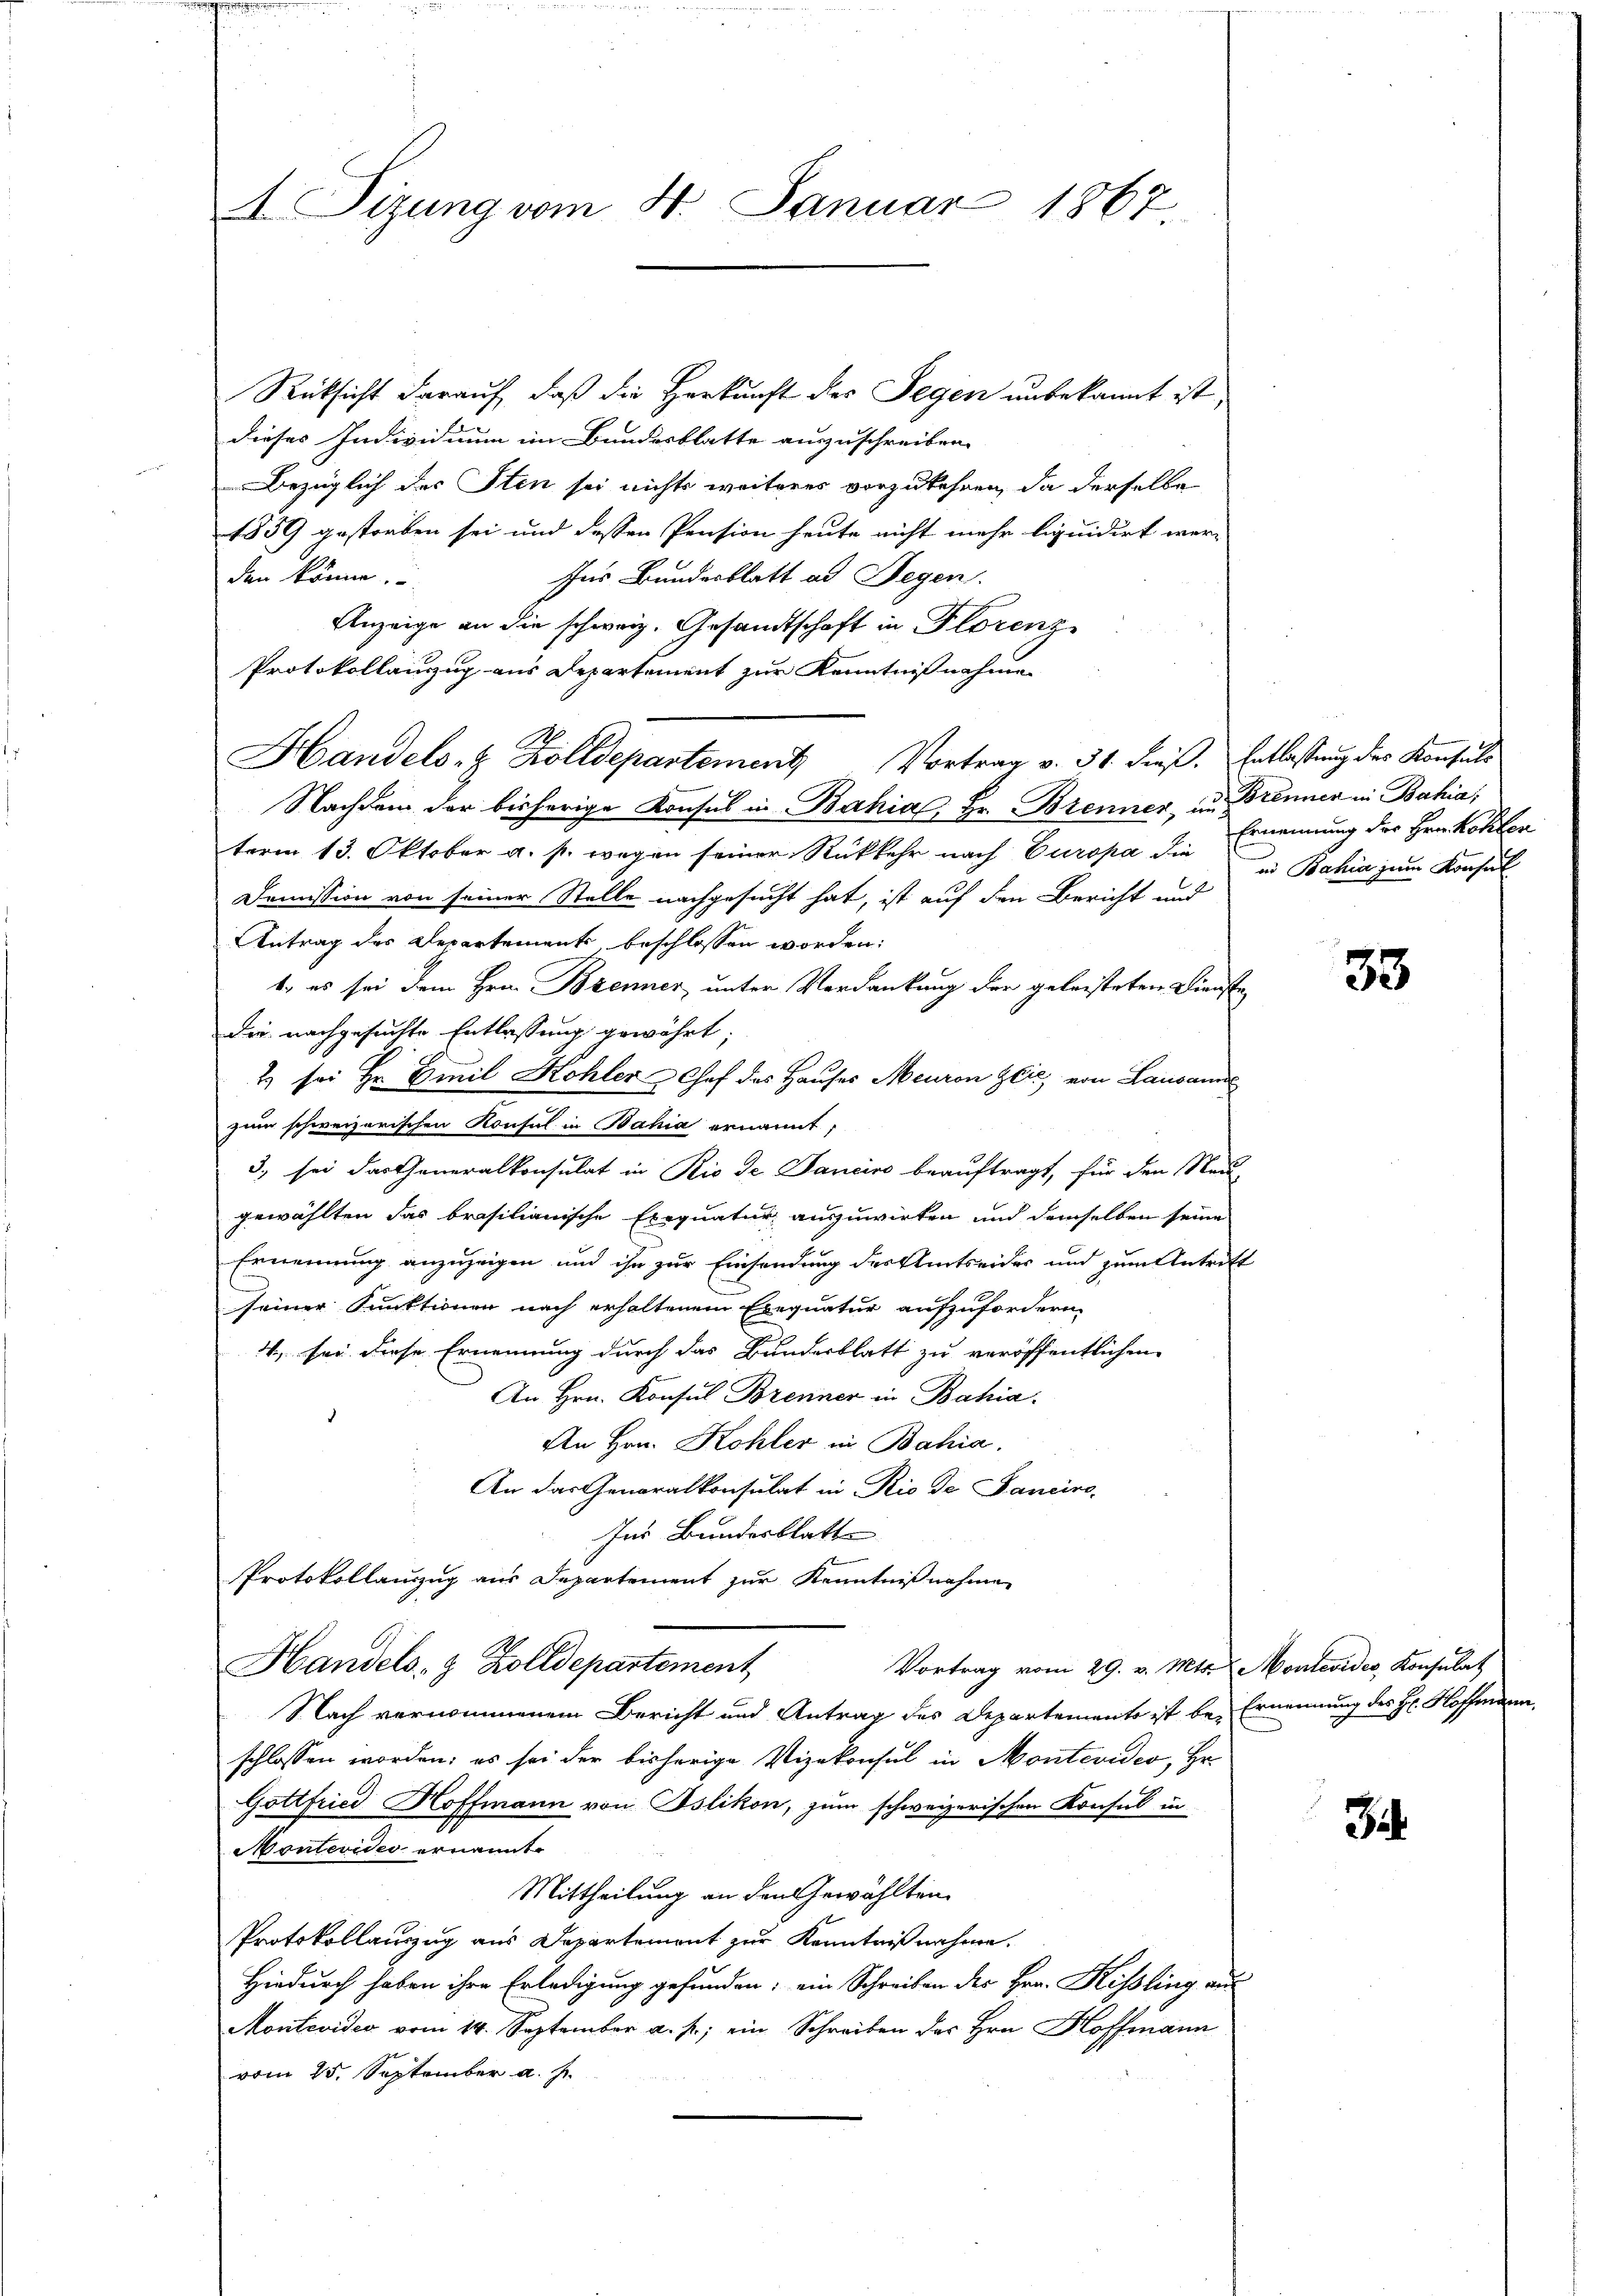
Sizung vom 4. Januar 1867

Rücksicht darauf, daß die Herkunft der Segen unbekannt ist,
dieses Individuum im Bundesblatte auszuschreiben.
Bezüglich der Sten sei nichts weiteres vorzukehren, da derselbe
1859 gestorben sei und dessen Pension heute nicht mehr liquidirt wer-
den könne.
Ins Bundesblatt ad Segen.
Anzeige an die schweiz. Gesandtschaft in Florenz
Protokollanzug aus Departement zur Kenntnißnahmen
Nachdem der bisherige Konsul in Bahia, Hr. Brenner, in Brenner in Bahia;
term 13. Oktober a. p. wegen seiner Rückkehr nach Europa die Ernennung des Hrn. Kosten
Demission von seiner Stelle nachgesucht hat, ist auf den Bericht und
Antrag des Departements beschlossen worden:
b. es sei dem Hrn. Brenner unter Verdankung der geleisteten Dienste
Die nachgesuchte Entlassung gewährt;
2 sei Hr. Emil Kohler Chef des Hauses Meuron Glic, von Lausanne
zum schweizerischen Konsul in Bahia ernannt;
3, sei das Generalkonsulat in Rio de Dancise beauftragt, für den Neue
gewählten das brasilianische Exequatur auszuwirken und demselben seine
Ernennung anzuzeigen und ihn zur Einsendung des Amtseider und zum Antrift
seiner Funktionen nach erhaltenem Exequatur aufzufordern.
4., sei diese Ernennung durch das Bundesblatt zu veröffentlichen
An Hrn. Konsul Brenner in Bahia.
An Hrn. Kohler in Bahia.
An das Generalkonsulat in Rio de Janeiro-
Ins Bundesblatt
Protokollanzug aus Departement zur Kenntnißnahmen
Handels- & Zolldepartement
Vortrag vom 29. v. Mts. Montevider, Konsulat
Nach vernommenem Bericht und Antrag des Departemento ist be- Ernennung des H. Hoffmann
schlossen worden; es sei der bisherige Vizekonsul in Montevideo, Hr.
Gottfried Hoffmann von Islikon, zum schweizerischen Konsul in
Montevides ernannt.
Mittheilung an den Gewählten
Protokollauszug aus Departement zur Kenntnißnahme.
Hiedurch haben ihre Erledigung gefunden; ein Schreiben der Hrn. Kisling aus
Montevideo vom 14. September a. p. ein Schreiben des Hrn. Hoffmann
vom 25. September a.

Handels- & Zolldepartement Vortrag v. 31. dieβ. Entlassŭng des Konsuls

in Bahia zum Konsul

33

S